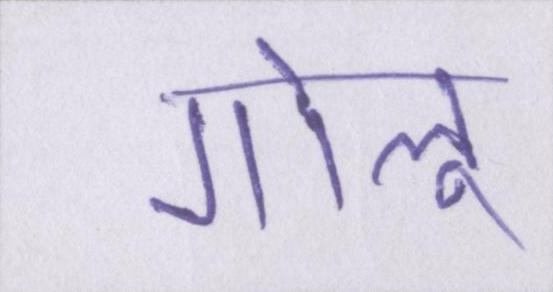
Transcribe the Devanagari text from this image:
गोलू